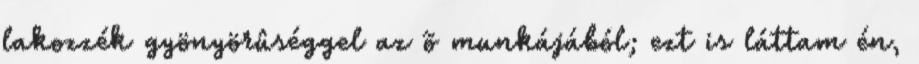
lakozzék gyönyörûséggel az õ munkájából; ezt is láttam én,